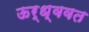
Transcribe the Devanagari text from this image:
ऊर्ध्ववत